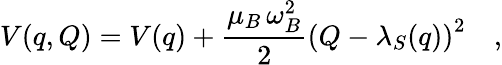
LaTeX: V(q,Q)=V(q)+\frac{\mu_{B}\, \omega_{B}^{2}}{2}\left(Q-\lambda_{S}(q)\right)^{2}\quad,